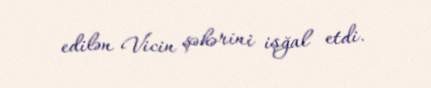
edilən Vicin şəhərini işğal etdi.